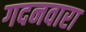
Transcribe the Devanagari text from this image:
गदनवारा